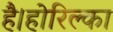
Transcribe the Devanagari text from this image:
है।होरिल्का